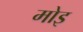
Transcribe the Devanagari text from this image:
मोइ